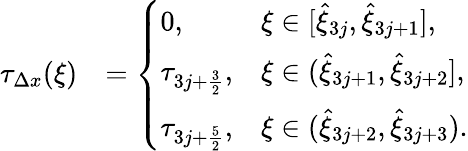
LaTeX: \begin{array}{rl}{\tau_{\Delta x}(\xi)}&{=\left\{ \begin{array}{ll}{0,}&{\xi\in[\hat{\xi}_{3j},\hat{\xi}_{3j+1}],}\\ {\tau_{3j+\frac{3}{2}},}&{\xi\in(\hat{\xi}_{3j+1},\hat{\xi}_{3j+2}],}\\ {\tau_{3j+\frac{5}{2}},}&{\xi\in(\hat{\xi}_{3j+2},\hat{\xi}_{3j+3}).}\end{array}\right.}\end{array}